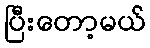
ပြီးတော့မယ်